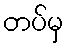
တပ်မှ